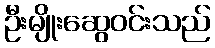
ဦးမျိုးဆွေဝင်းသည်